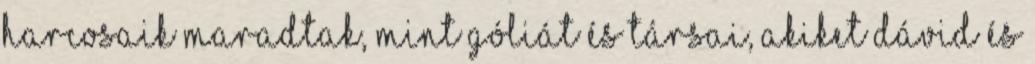
harcosaik maradtak, mint Góliát és társai, akiket Dávid és